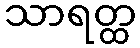
သာရတ္ထ